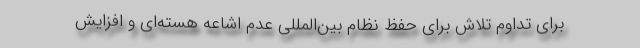
برای تداوم تلاش‌ برای حفظ نظام بین‌المللی عدم اشاعه هسته‌ای و افزایش